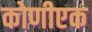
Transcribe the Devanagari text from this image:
कोणीएक